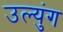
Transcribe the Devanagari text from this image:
उल्युंग